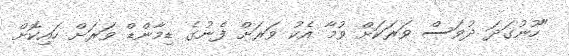
"ހޫނުގަދަ ދުވަސް ވަރަކަށް ވުމާ އެކު ވަރަށް ފެނުގެ ޑިމާންޑް ވަރަށް ހައިކޮށް